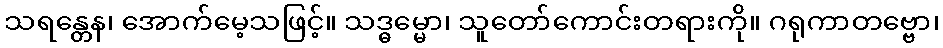
သရန္တေန၊ အောက်မေ့သဖြင့်။ သဒ္ဓမ္မော၊ သူတော်ကောင်းတရားကို။ ဂရုကာတဗ္ဗော၊